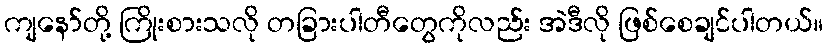
ကျနော်တို့ ကြိုးစားသလို တခြားပါတီတွေကိုလည်း အဲဒီလို ဖြစ်စေချင်ပါတယ်။